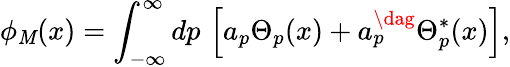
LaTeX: \phi_{\mathit{M}}(x)=\int_{-\infty}^{\infty}dp\, \left[a_{p}\Theta_{p}(x)+a_{p}^{\dag}\Theta_{p}^{*}(x)\right],